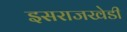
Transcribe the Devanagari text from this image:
इसराजखेडी